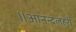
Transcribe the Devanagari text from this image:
॥आनन्दलहरी